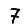
Digit: 7